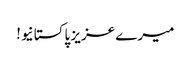
میرے عزیز پاکستانیو!